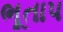
ભૂતાપ